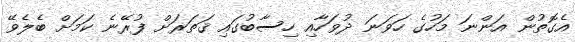
އެގޮތުން އަންނަ މަހުގެ ހަވަނަ ދުވަހާއި ހިސާބުގައި ޤަތަރަށް ފުރޭނެ ކަމަށް ބެލެވޭ